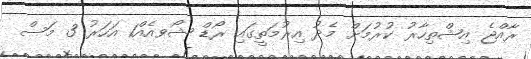
ރާއްޖެ އިޝްތިހާރު ކުރުމަށް މެދު އިރުމަތީގައި ރޯޑް ޝޯވއެއް1 އަހަރު 3 މަސް